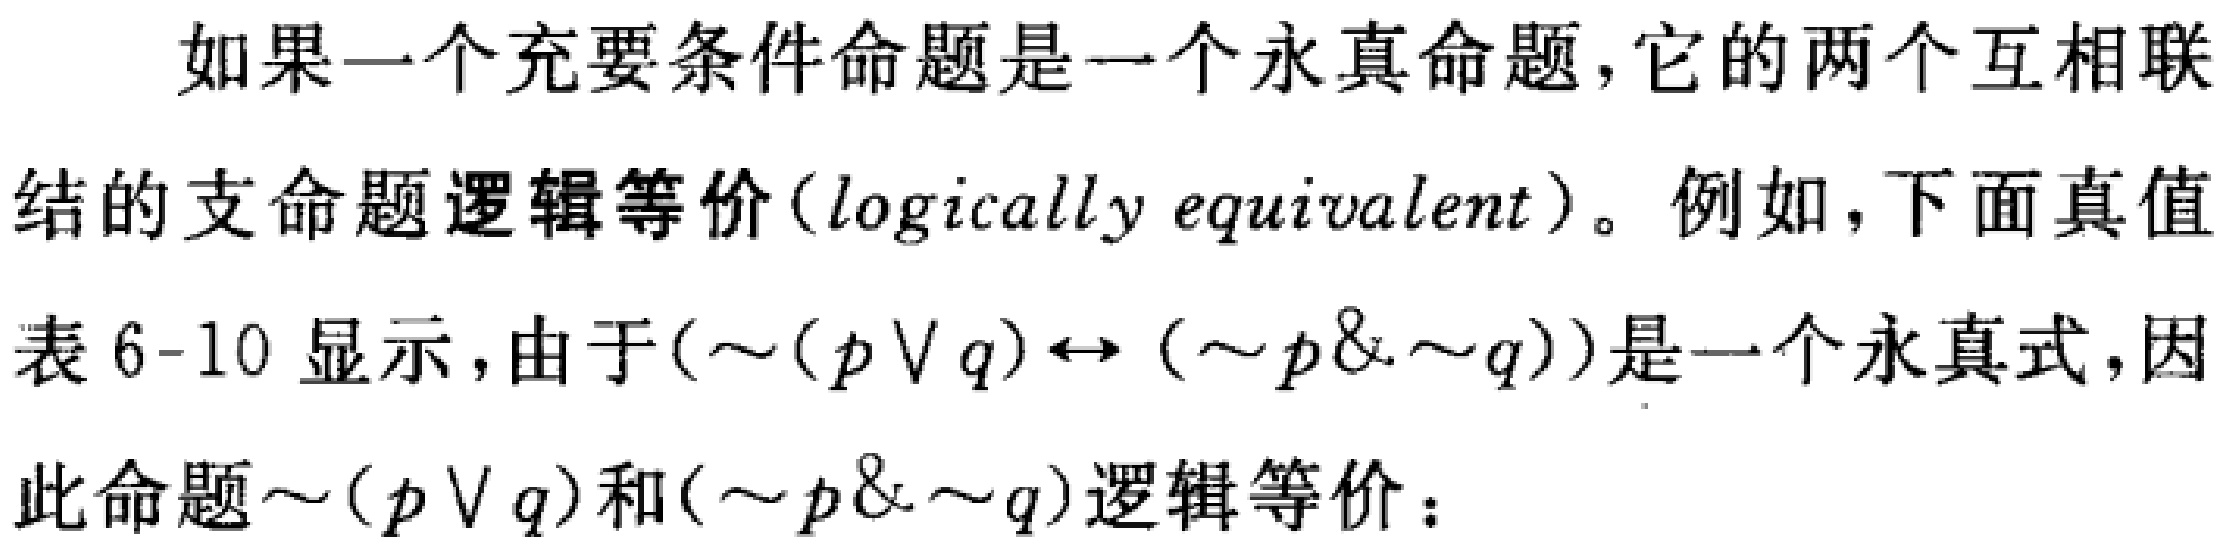
如果一个充要条件命题是一个永真命题, 它的两个互相联结的支命题逻辑等价(logically equivalent)。例如, 下面真值表6-10显示, 由于$(\sim(p\vee q)\leftrightarrow(\sim p\& \sim q))$是一个永真式, 因此命题$\sim(p\vee q)$和$(\sim p\& \sim q)$逻辑等价：